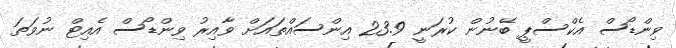
ވިންޑޯސް އެކްސްޕީ ބޭނުން ކުރަނީ 23.9 އިންސައްތައަށް ވާއިރު ވިންޑޯސް އެއިޓް ނުވަތަ